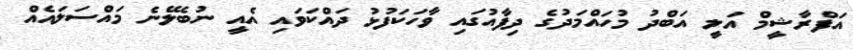
އަފްރާޝީމް އަލީ އަބްދު މުހައްމަދުގެ ދިފާއުގައި ވާހަކަފުޅު ދައްކަވައި އެއީ ނުބެލޭނެ މައްސަލައެއް